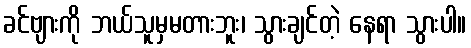
ခင်ဗျားကို ဘယ်သူမှမတားဘူး၊ သွားချင်တဲ့ နေရာ သွားပါ။